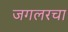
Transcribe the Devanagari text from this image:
जगलरचा